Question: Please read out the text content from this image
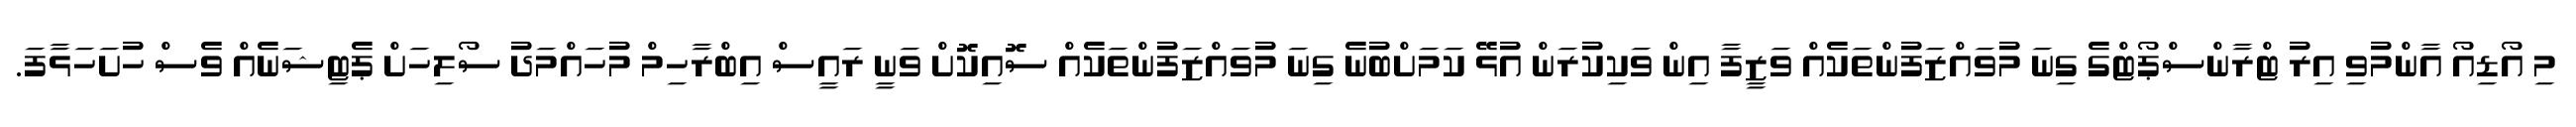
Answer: މި އޯޑިއޯ އާންމުވި އިރު ޓްރާންސްޕޯޓްގެ ގިނަ މުވައްޒަފުންތަކެއް ވަޒީފާ އިން ވަކިކުރަން އުޅޭ ކަމަށްބުނެ ގިނަ މުވައްޒަފުންތަކެއް ސޮއިކޮށް ވަނީ ރައީސް އިބްރާހިމް މުހައްމަދު ސޯލިހަށް ޕެޓިޝަނެއް ވެސް ހުށަހަޅާފަ.